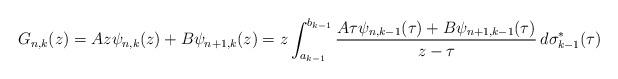
LaTeX: \begin{align*}G_{n,k}(z)=A z\psi_{n,k}(z)+B\psi_{n+1,k}(z)=z\int_{a_{k-1}}^{b_{k-1}}\frac{A\tau\psi_{n,k-1}(\tau)+B\psi_{n+1,k-1}(\tau)}{z-\tau}\,d\sigma_{k-1}^{*}(\tau)\end{align*}